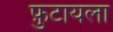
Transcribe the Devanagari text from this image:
फ़ुटायला